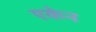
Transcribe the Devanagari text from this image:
एकेन